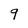
Character: q